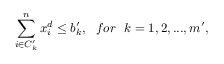
\sum _ { i \in C _ { k } ^ { \prime } } ^ { n } x _ { i } ^ { d } \leq b _ { k } ^ { \prime } , ~ ~ f o r ~ ~ k = 1 , 2 , . . . , m ^ { \prime } ,